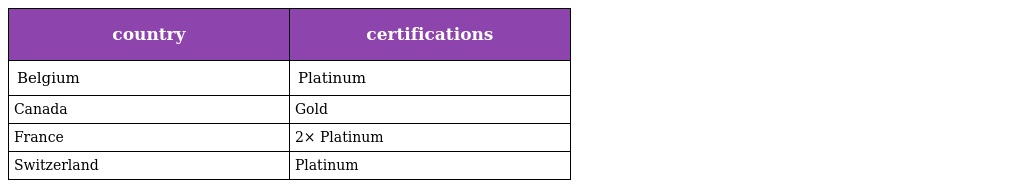
| country | certifications |
 | --- | --- |
 | Belgium | Platinum |
 | Canada | Gold |
 | France | 2× Platinum |
 | Switzerland | Platinum |